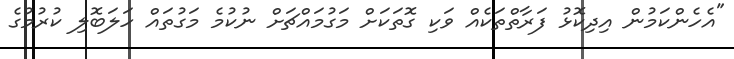
"އެހެންކަމުން އިދިކޮޅު ފަރާތްތަކެއް ވަކި ގޮތަކަށް މަގުމައްޗަށް ނުކުމެ މަގުތައް ހަލަބޮލި ކުރުމުގެ